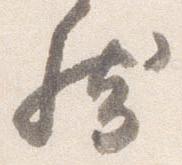
然